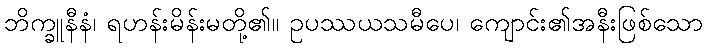
ဘိက္ခူနီနံ၊ ရဟန်းမိန်းမတို့၏။ ဥပဿယသမီပေ၊ ကျောင်း၏အနီးဖြစ်သော